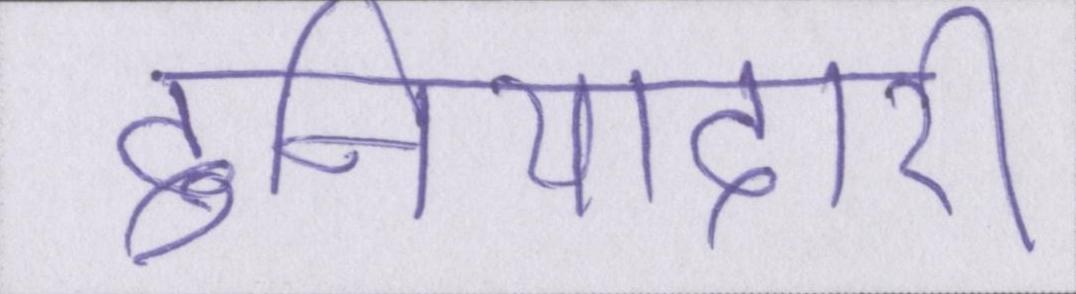
दुनियादारी